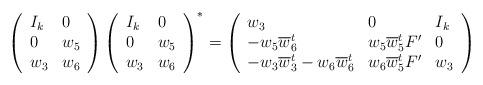
LaTeX: \begin{align*}\left(\begin{array}{lll}I_k & 0\\0 & w_5\\w_3 & w_6\end{array}\right)\left(\begin{array}{lll}I_k & 0\\0 & w_5\\w_3 & w_6\end{array}\right)^*=\left(\begin{array}{lll}w_3 & 0 & I_k\\-w_5\overline w_6^t & w_5\overline w_5^t F' & 0\\-w_3\overline w_3^t-w_6\overline w_6^t & w_6\overline w_5^t F' & w_3\end{array}\right)\end{align*}